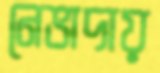
নেভাদায়